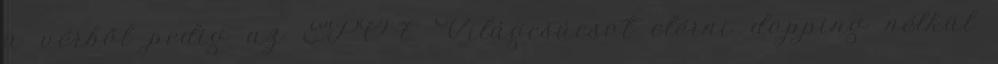
a vérből pedig az EPO-t. Világcsúcsot elérni dopping nélkül